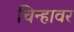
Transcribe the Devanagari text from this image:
चिन्हावर